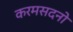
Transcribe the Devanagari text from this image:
करमसदनो